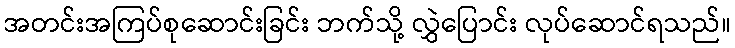
အတင်းအကြပ်စုဆောင်းခြင်း ဘက်သို့ လွှဲပြောင်း လုပ်ဆောင်ရသည်။